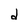
Character: d